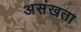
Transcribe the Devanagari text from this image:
असंखता